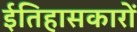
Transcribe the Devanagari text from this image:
ईतिहासकारों